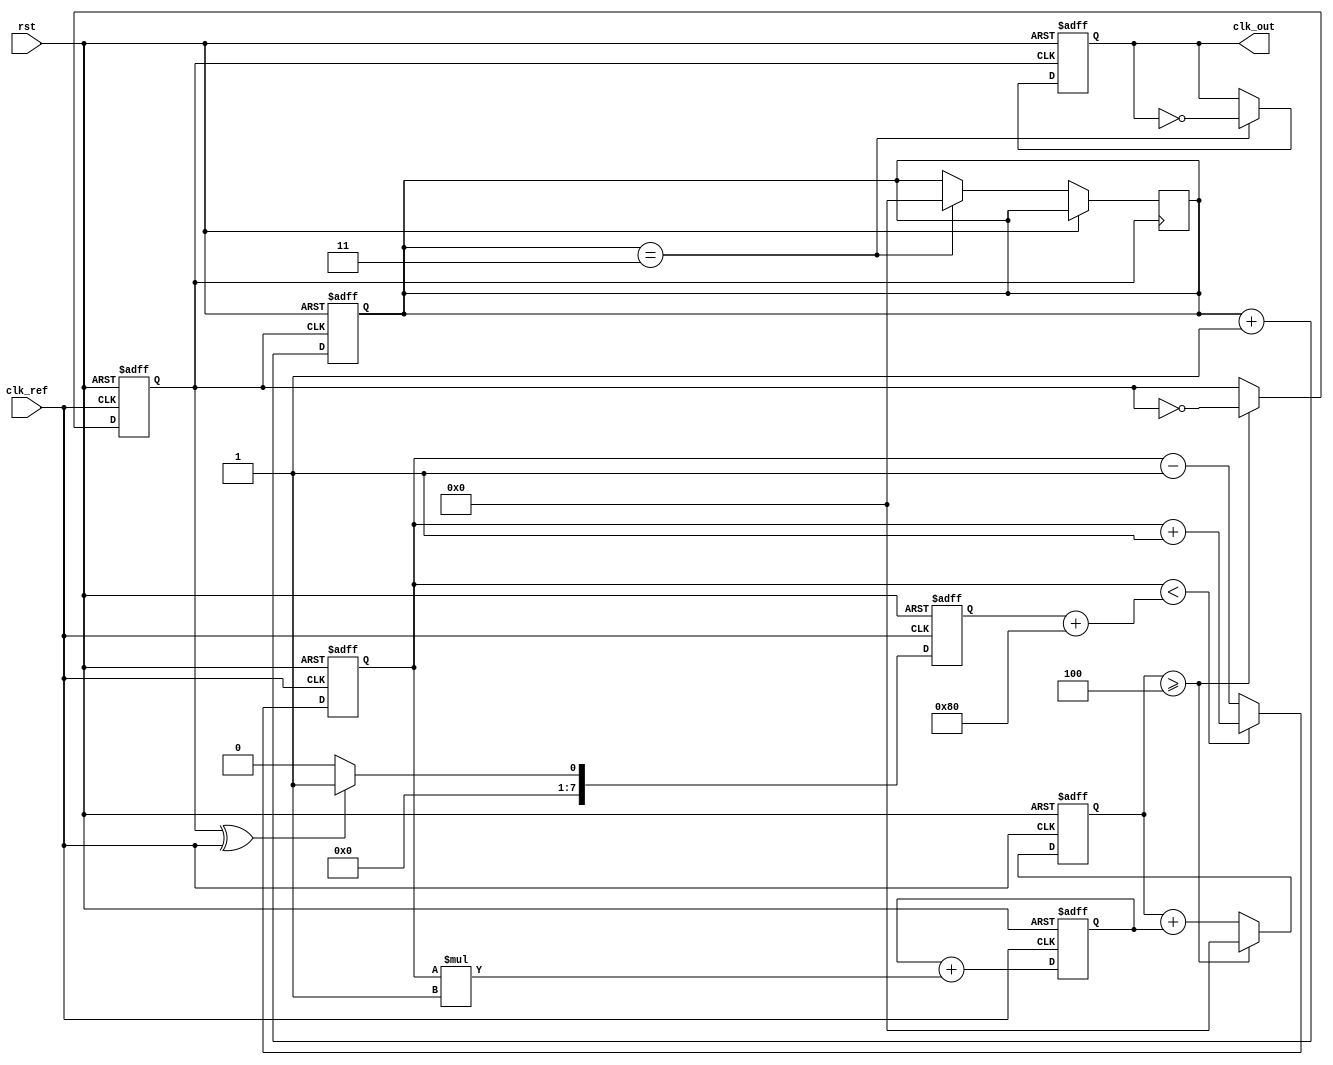
module SigmaDeltaPLL (
    input wire clk_ref,          // Reference clock input
    input wire rst,             // Reset signal
    output reg clk_out          // Output clock
);

// Parameters
parameter DIVIDER = 4;        // Divider ratio
parameter N = 8;              // Order of the Sigma-Delta modulator
parameter LOOP_FILTER_GAIN = 1; // Loop filter gain

// Internal signals
reg [N-1:0] phase_error;      // Phase error from the PD
reg [N-1:0] modulated_signal;  // Output of the Sigma-Delta Modulator
reg [N-1:0] control_voltage;   // Control voltage for VCO
reg vco_output;                // VCO output signal
reg [N-1:0] vco_counter;       // VCO counter for frequency generation
reg [N-1:0] feedback;          // Feedback signal from divider

// Phase Detector
always @(posedge clk_ref or posedge rst) begin
    if (rst) begin
        phase_error <= 0;
    end else begin
        // Example phase error calculation (simple XOR for demonstration)
        phase_error <= (vco_output ^ clk_ref) ? 1 : 0;
    end
end

// Sigma-Delta Modulator
always @(posedge clk_ref or posedge rst) begin
    if (rst) begin
        modulated_signal <= 0;
    end else begin
        // Simple 1-bit quantizer
        if (modulated_signal < (phase_error + (1 << (N-1)))) begin
            modulated_signal <= modulated_signal + 1;
        end else begin
            modulated_signal <= modulated_signal - 1;
        end
    end
end

// Loop Filter (Simple First-Order)
always @(posedge clk_ref or posedge rst) begin
    if (rst) begin
        control_voltage <= 0;
    end else begin
        control_voltage <= control_voltage + (modulated_signal * LOOP_FILTER_GAIN);
    end
end

// Voltage-Controlled Oscillator (VCO)
always @(posedge clk_ref or posedge rst) begin
    if (rst) begin
        vco_counter <= 0;
        vco_output <= 0;
    end else begin
        // Simple frequency control based on control voltage
        vco_counter <= vco_counter + control_voltage;
        if (vco_counter >= DIVIDER) begin
            vco_output <= ~vco_output; // Toggle output clock
            vco_counter <= 0;
        end
    end
end

// Divider
always @(posedge vco_output or posedge rst) begin
    if (rst) begin
        feedback <= 0;
    end else begin
        feedback <= feedback + 1;
    end
end

// Output clock generation
always @(posedge vco_output or posedge rst) begin
    if (rst) begin
        clk_out <= 0;
    end else if (feedback == (DIVIDER - 1)) begin
        clk_out <= ~clk_out; // Output clock toggling based on feedback
        feedback <= 0;
    end
end

endmodule